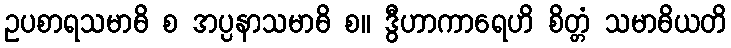
ဥပစာရသမာဓိ စ အပ္ပနာသမာဓိ စ။ ဒွီဟာကာရေဟိ စိတ္တံ သမာဓိယတိ